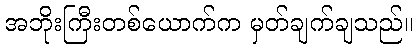
အဘိုးကြီးတစ်ယောက်က မှတ်ချက်ချသည်။